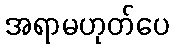
အရာမဟုတ်ပေ